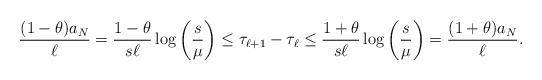
LaTeX: \begin{align*}\frac{(1 - \theta)a_N}{\ell} = \frac{1 - \theta}{s\ell} \log \bigg( \frac{s}{\mu} \bigg) \leq \tau_{\ell+1} - \tau_{\ell} \leq \frac{1 + \theta}{s\ell} \log \bigg( \frac{s}{\mu} \bigg) = \frac{(1 + \theta) a_N}{\ell}.\end{align*}